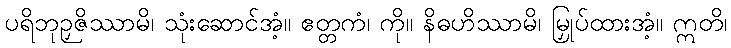
ပရိဘုဉှဇိဿာမိ၊ သုံးဆောင်အံ့။ ဧတ္တကံ၊ ကို။ နိဓဟိဿာမိ၊ မြှုပ်ထားအံ့။ ဣတိ၊